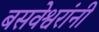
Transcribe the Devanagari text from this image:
बसवेश्वरांनी